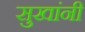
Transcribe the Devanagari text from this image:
सुखांनी